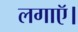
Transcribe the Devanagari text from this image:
लगाऍ।